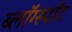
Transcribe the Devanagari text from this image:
ब्लॉग्स्पॉट